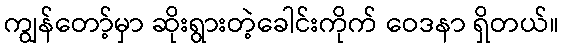
ကျွန်တော့်မှာ ဆိုးရွားတဲ့ခေါင်းကိုက် ဝေဒနာ ရှိတယ်။